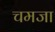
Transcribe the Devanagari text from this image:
चमजा